Vaccination report Assam 1874-1896 - 1874-1896
Year: 1874
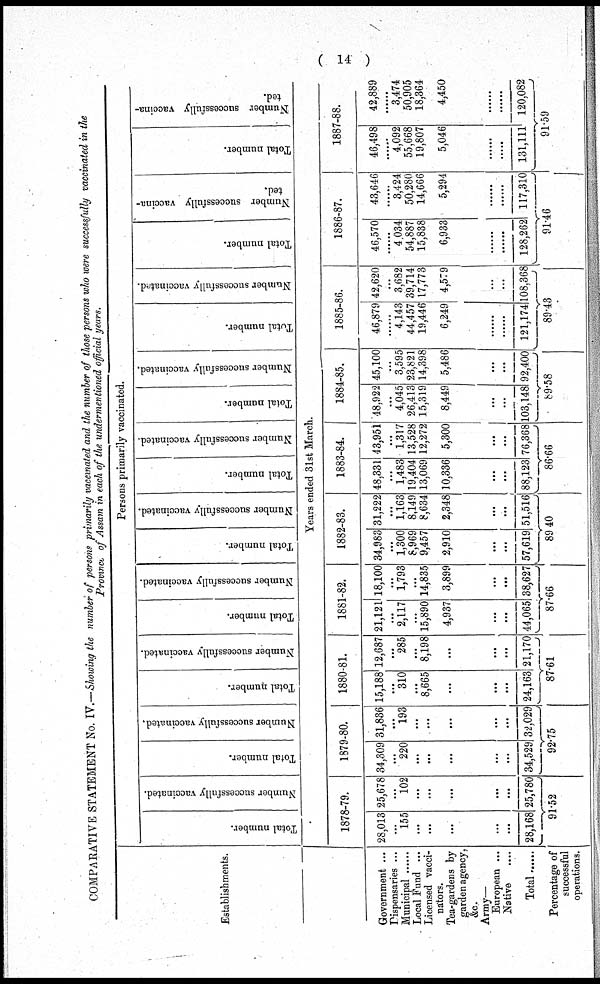
( 14 )
COMPARATIVE STATEMENT No. IV.—Showing the number of persons primarily vaccinated and the number of those persons who were successfully vaccinated in the
Province of Assam in each of the undermentioned official years.
Establishments.
Government ...
Dispensaries ...
Municipal .....
Local Fund ...
Licensed vacci-
nators.
Tea-gardens by
garden agency,
&c.
Army—
European ...
Native ....
Total ......
Percentage of
successful
operations.
Persons primarily vaccinated.
Total number.
Number successfully vaccinated.
Total number.
Number successfully vaccinated.
Total number.
Number successfully vaccinated.
Total number.
Number successfully vaccinated.
Total number.
Number successfully vaccinated.
Total number.
Number successfully vaccinated.
Total number.
Number successfully vaccinated.
Total number.
Number successfully vaccinated.
Total number.
Number successfully vaccina-
ted.
Total number.
Number successfully vaccina-
ted.
Years ended 31st March.
1878-79.
28,013
...
155
...
...
...
...
...
28,168
25,678
...
102
...
...
...
...
...
25,780
91.52
1879-80.
34,309
...
220
...
...
...
...
...
34,529
31,836
...
193
...
...
...
...
...
32,029
92.75
1880-81.
15,188
...
310
...
8,665
...
...
...
24,163
12,687
...
285
...
8,198
...
...
...
21,170
87.61
1881-82.
21,121
...
2,117
...
15,890
4,937
...
...
44,065
18,100
...
1,793
...
14,835
3,899
...
...
38,627
87.66
1882-83.
34,983
...
1,300
8,969
9,457
2,910
...
...
57,619
31,222
...
1,163
8,149
8,634
2,348
...
...
51,516
89.40
1883-84.
48,331
...
1,483
19,404
13,069
10,336
...
...
88,123
43,951
...
1,317
13,528
12,272
5,300
...
...
76,368
86.66
1884-85.
48,922
...
4,045
26,413
15,319
8,449
...
...
103,148
45,100
...
3,595
23,821
14,398
5,486
...
...
92,400
89.58
1885-86.
46,879
...
4,143
44,457
19,446
6,249
......
......
121,174
42,620
...
3,682
39,714
17,773
4,579
...
...
108,368
89.43
1886-87.
46,570
......
4,034
54,887
15,838
6,933
......
......
128,262
43,646
...
3,424
50,280
14,666
5,294
...
...
117,310
91.46
1887-88.
46,498
...
4,092
55,668
19,807
5,046
......
......
131,111
42,889
3,474
50,905
18,364
4,450
...
...
120,082
91.59